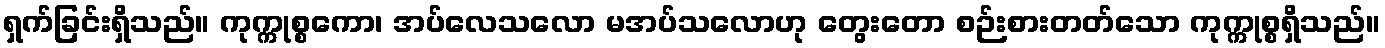
ရှက်ခြင်းရှိသည်။ ကုက္ကုစ္စကော၊ အပ်လေသလော မအပ်သလောဟု တွေးတော စဉ်းစားတတ်သော ကုက္ကုစ္စရှိသည်။